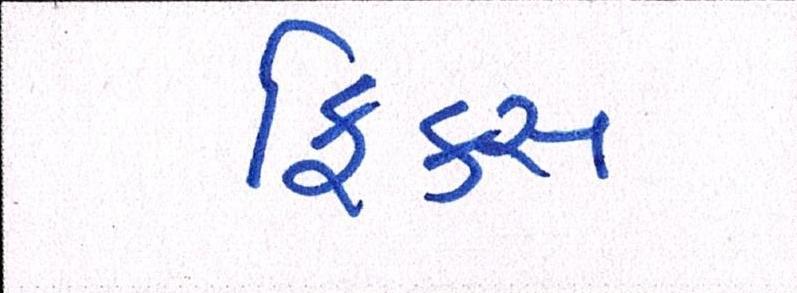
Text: ફિક્સ